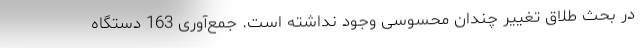
در بحث طلاق تغییر چندان محسوسی وجود نداشته است. جمع‌آوری 163 دستگاه